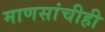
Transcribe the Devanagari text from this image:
माणसांचीही